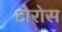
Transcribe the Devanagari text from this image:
टोरोस